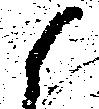
候